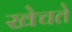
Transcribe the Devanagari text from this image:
खेचते